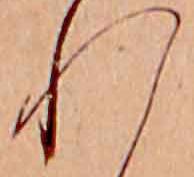
れ